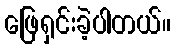
ဖြေရှင်းခဲ့ပါတယ်။